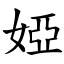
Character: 婭